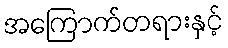
အကြောက်တရားနှင့်